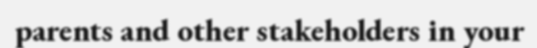
parents and other stakeholders in your